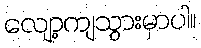
လျော့ကျသွားမှာပါ။